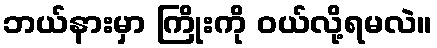
ဘယ်နားမှာ ကြိုးကို ဝယ်လို့ရမလဲ။